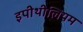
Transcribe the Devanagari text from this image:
इपीथीलियम